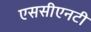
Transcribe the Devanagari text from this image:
एससीएनटी